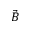
\Vec { B }